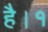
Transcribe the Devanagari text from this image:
है।१